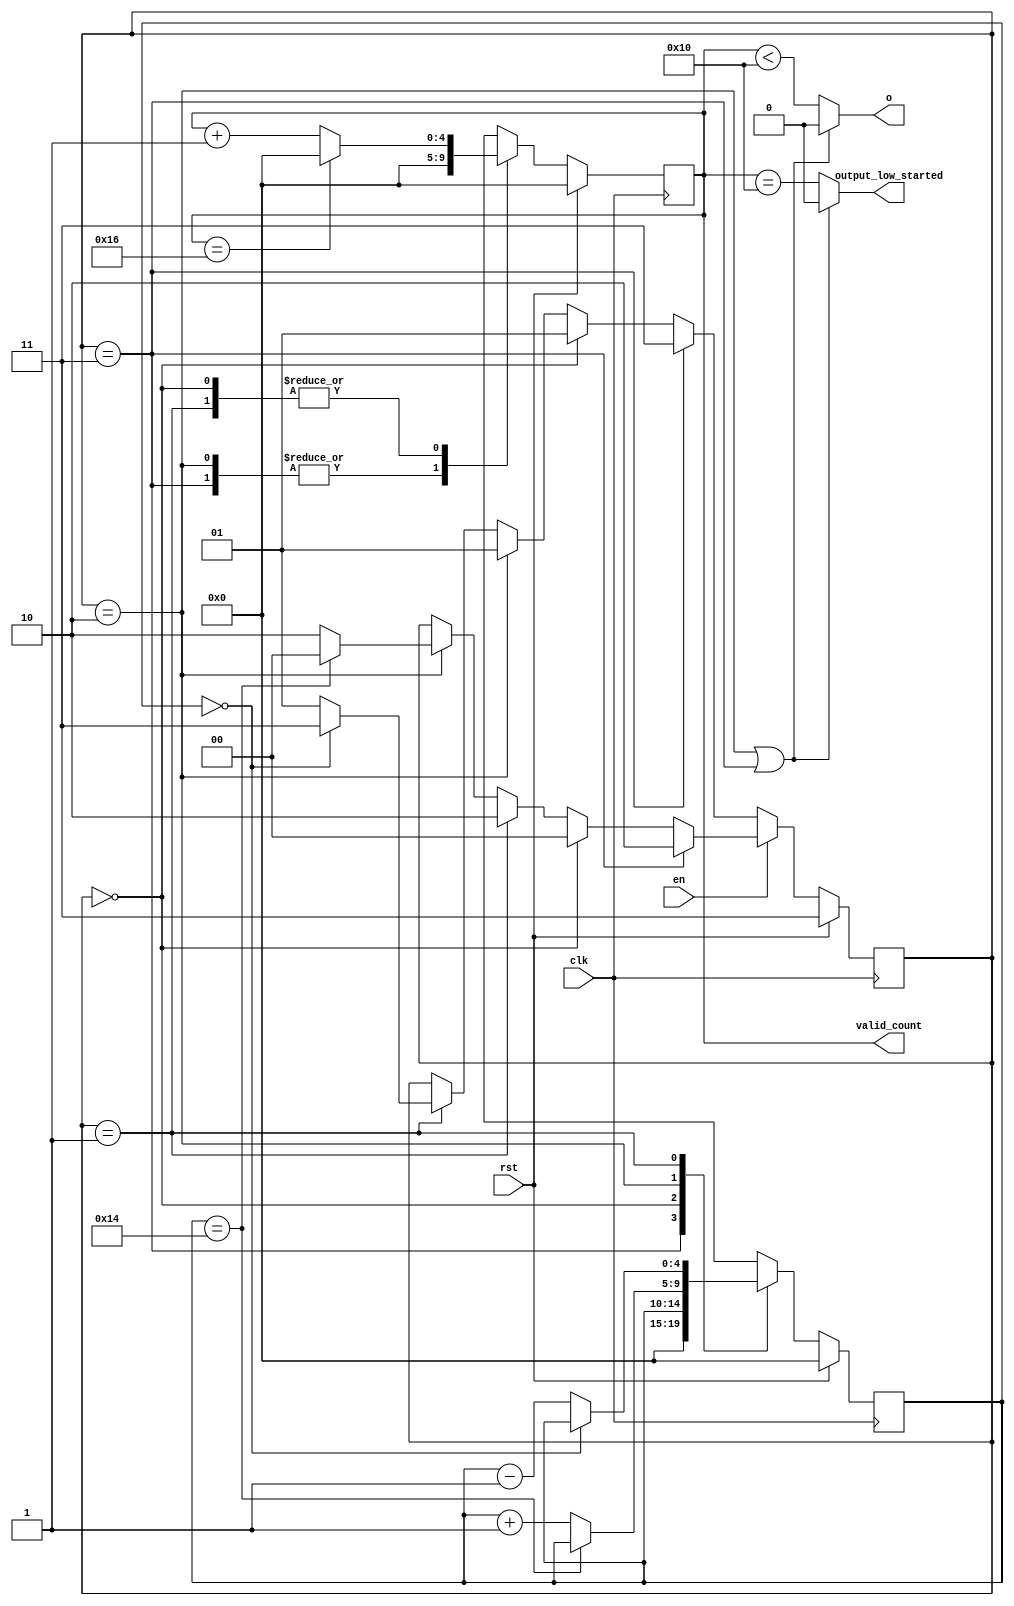
// +FHDR-------------------------------------------------------------------
// FILE NAME:
// TYPE:
// DEPARTMENT:
// AUTHOR:
// AUTHOR'S EMAIL:
// ------------------------------------------------------------------------
// KEYWORDS:
// ------------------------------------------------------------------------
// PARAMETERS
//
// ------------------------------------------------------------------------
// REUSE ISSUES
// Reset Strategy:
// Clock Domains:
// Critical Timing:
// Test Features:
// Asynchronous I/F:
// Scan Methodology:
// Instantiations:
// -FHDR-------------------------------------------------------------------

module TIMER #(
    parameter INTERIM_CYCLE    = 21,
    parameter FULL_CYCLE       = 23,
    parameter OUTPUT_UP_PERIOD = 16
) (
    input            clk               ,
    input            rst               ,
    input            en                ,
    output reg       o                 ,
    output reg [4:0] valid_count       ,
    output reg       output_low_started
);
    localparam INTERIM_BOOT     = 2'b10;
    localparam INTERIM_SHUTDOWN = 2'b01; //Data can still be valid even after sram_ready is low!
    localparam COUNT            = 2'b00;
    localparam SHUTDOWN         = 2'b11;

    reg [1:0] state             ;
    reg [1:0] state_next        ;
    reg [4:0] interim_count     ;
    reg [4:0] interim_count_next;
    reg [4:0] valid_count_next  ;

    always @(posedge clk) begin
        if(rst)
            begin
                state         <= SHUTDOWN;
                interim_count <= 0;
                valid_count   <= 0;
            end
        else
            begin
                state         <= state_next;
                interim_count <= interim_count_next;
                valid_count   <= valid_count_next;
            end
    end

    always @(*) begin
        if(en)
            begin
                if(state==SHUTDOWN)begin
                    state_next = INTERIM_BOOT;
                end
                else if(state==COUNT)begin
                    state_next = COUNT;
                end
                else if(state==INTERIM_SHUTDOWN)begin//Actually shouldn't happen.
                    state_next = INTERIM_BOOT;
                end
                else if(state==INTERIM_BOOT)begin
                    if(interim_count==INTERIM_CYCLE-1)begin
                        state_next = COUNT;
                    end
                    else begin
                        state_next = INTERIM_BOOT;
                    end
                end
                else state_next=state;
            end
        else begin
            if(state==SHUTDOWN)begin
                state_next = SHUTDOWN;
            end
            else if(state==COUNT)begin
                state_next = INTERIM_SHUTDOWN;
            end
            else if(state==INTERIM_BOOT)begin//Actually shouldn't happen.
                state_next = INTERIM_SHUTDOWN;
            end
            else if(state==INTERIM_SHUTDOWN)begin
                if(interim_count==0)begin
                    state_next = SHUTDOWN;
                end
                else begin
                    state_next = INTERIM_SHUTDOWN;
                end
            end
            else state_next=state;
        end
    end

    always @(*) begin
        case(state)
            SHUTDOWN         : interim_count_next=0;
            COUNT            : interim_count_next=interim_count;
            INTERIM_BOOT     : interim_count_next=(interim_count==INTERIM_CYCLE-1)?interim_count:interim_count+1;
            INTERIM_SHUTDOWN : interim_count_next=(interim_count==0)?interim_count:interim_count-1;
            default          : interim_count_next=interim_count;
        endcase
    end

    always @(*) begin
        case(state)
            SHUTDOWN,INTERIM_BOOT : valid_count_next = 0;
            COUNT,INTERIM_SHUTDOWN : valid_count_next = (valid_count==FULL_CYCLE-1)?0:valid_count+1;
            default : valid_count_next=valid_count;
        endcase
    end

    always @(*) begin
        o                  = (state==INTERIM_BOOT||state==SHUTDOWN)?0:valid_count<OUTPUT_UP_PERIOD;
        output_low_started = (state==INTERIM_BOOT||state==SHUTDOWN)?0:valid_count==OUTPUT_UP_PERIOD;
    end
endmodule